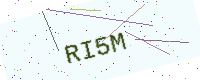
Text: RI5M